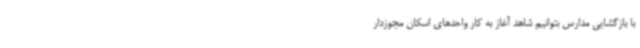
با بازگشایی مدارس بتوانیم شاهد آغاز به کار واحدهای اسکان مجوزدار